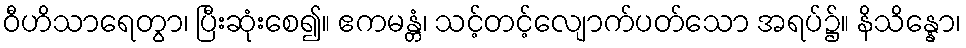
ဝီဟိသာရေတွာ၊ ပြီးဆုံးစေ၍။ ဧကမန္တံ၊ သင့်တင့်လျောက်ပတ်သော အရပ်၌။ နိသိန္နော၊